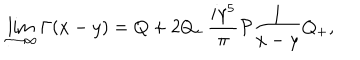
\lim _ { \tau \rightarrow \infty } \Gamma ( x - y ) = Q + 2 Q _ { - } \frac { i \gamma ^ { 5 } } { \pi } { \cal P } \frac { 1 } { x - y } Q _ { + } ,